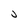
Character: j